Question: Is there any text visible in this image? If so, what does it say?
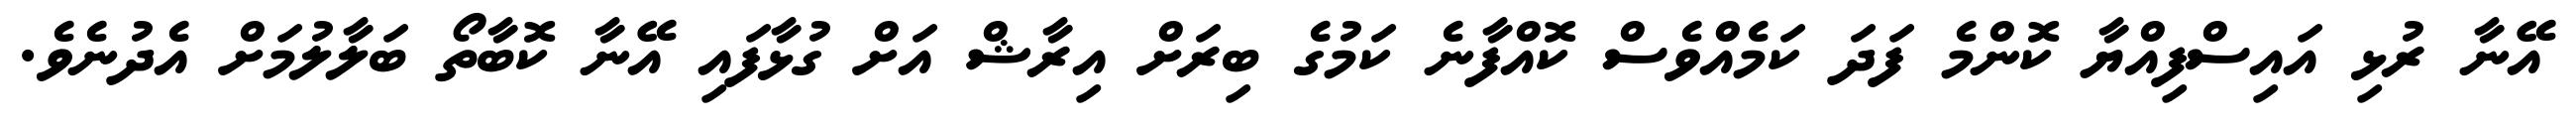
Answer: އޭނާ ރުޅި އައިސްފިއްޔާ ކޮންމެ ފަދަ ކަމެއްވެސް ކޮއްފާނެ ކަމުގެ ބިރަށް އިރާޝް އަށް ގުޅާފައި އޭނާ ކޮބާތޯ ބަލާލުމަށް އެދުނެވެ.